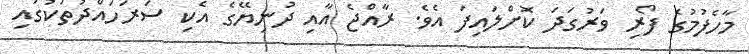
މާހެފުމުގެ ފޯރި ވަރުގަދަ ކޮށްލައިފަ އެވެ. ރާއްޖެ އާއި ދުނިޔޭގެ އެކި ސަރަހައްދުތަކުގައި